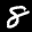
Label: 8